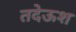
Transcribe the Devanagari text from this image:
तदेऊश